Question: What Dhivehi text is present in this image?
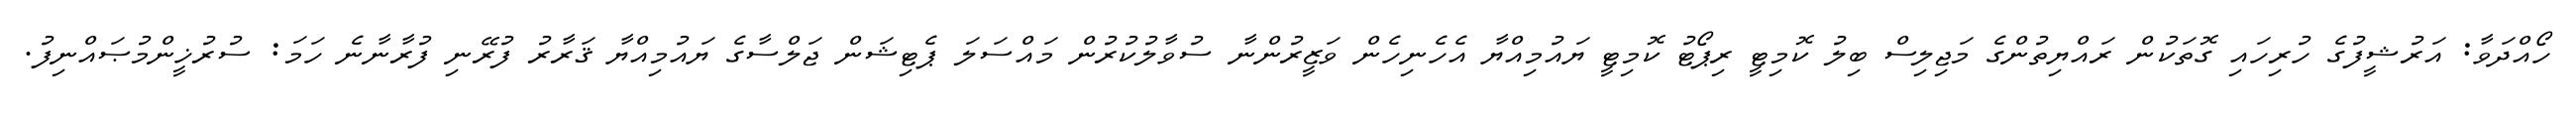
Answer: ހޯއްދަވާ: އަރުޝީފުގެ ހުރިހައި ގޮތަކުން ރައްޔިތުންގެ މަޖިލިސް ބިލު ކޮމިޓީ ރިޕޯޓު ކޮމިޓީ ޔައުމިއްޔާ އެހެނިހެން ވަޒީރުންނާ ސުވާލުކުރުން މައްސަލަ ޕެޓިޝަން ޖަލްސާގެ ޔައުމިއްޔާ ޤަރާރު ފުރޭނި ފުރާނާނެ ހަމަ: ސުރުޚީންމުޞައްނިފު.